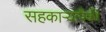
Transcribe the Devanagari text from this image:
सहकाऱ्यांपैकी